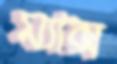
ম্যাক্স